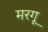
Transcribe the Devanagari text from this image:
मरगू